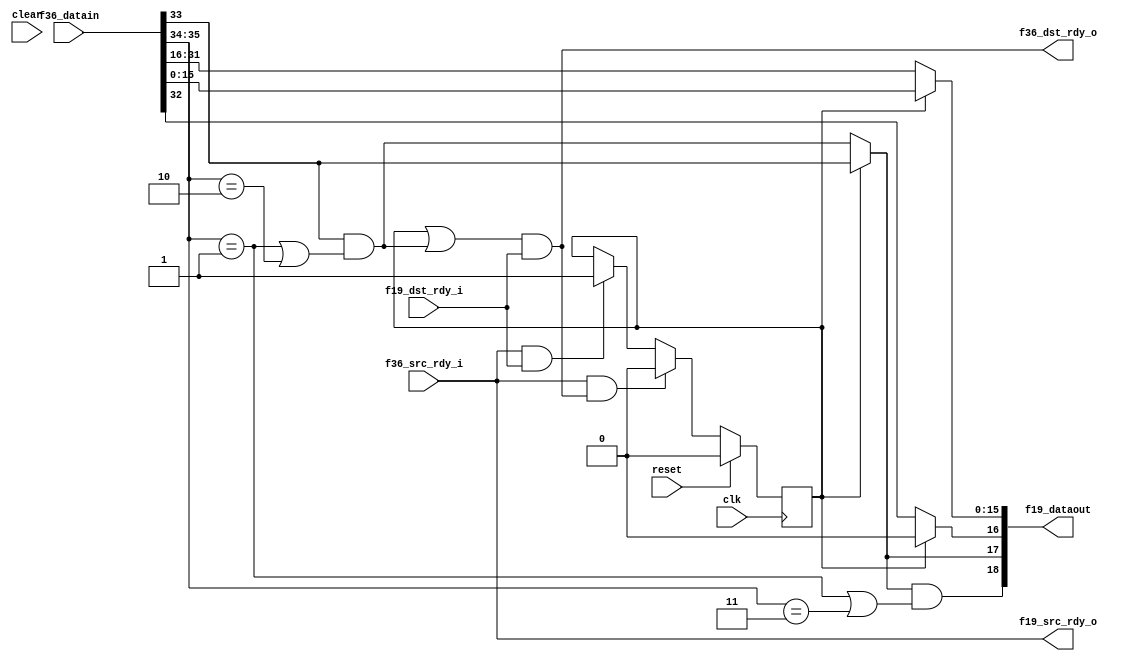

// Parameter LE tells us if we are little-endian.  
// Little-endian means send lower 16 bits first.
// Default is big endian (network order), send upper bits first.

module fifo36_to_fifo19
  #(parameter LE=0)
   (input clk, input reset, input clear,
    input [35:0] f36_datain,
    input f36_src_rdy_i,
    output f36_dst_rdy_o,
    
    output [18:0] f19_dataout,
    output f19_src_rdy_o,
    input f19_dst_rdy_i );
   
   wire   f36_sof  = f36_datain[32];
   wire   f36_eof  = f36_datain[33];
   wire [1:0] f36_occ  = f36_datain[35:34];
   
   reg 	  phase;
   
   wire   half_line 	   = f36_eof & ((f36_occ==1)|(f36_occ==2));
   
   assign f19_dataout[15:0] = (LE ^ phase) ? f36_datain[15:0] : f36_datain[31:16];
   assign f19_dataout[16]  = phase ? 0 : f36_sof;
   assign f19_dataout[17]  = phase ? f36_eof : half_line;
   assign f19_dataout[18]  = f19_dataout[17] & ((f36_occ==1)|(f36_occ==3));
   
   assign f19_src_rdy_o    = f36_src_rdy_i;
   assign f36_dst_rdy_o    = (phase | half_line) & f19_dst_rdy_i;
   
   wire   f19_xfer 	   = f19_src_rdy_o & f19_dst_rdy_i;
   wire   f36_xfer 	   = f36_src_rdy_i & f36_dst_rdy_o;
   
   always @(posedge clk)
     if(reset)
       phase 		  <= 0;
     else if(f36_xfer)
       phase 		  <= 0;
     else if(f19_xfer)
       phase 		  <= 1;
   
   
endmodule // fifo36_to_fifo19